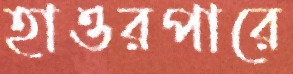
হাওরপারে